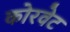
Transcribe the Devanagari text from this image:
कोरवेट